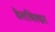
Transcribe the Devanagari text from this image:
डेलबिल्डर